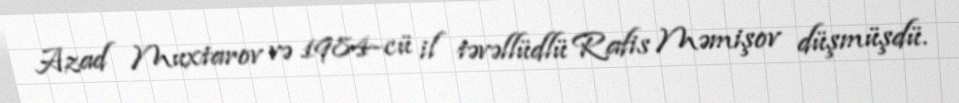
Azad Muxtarov və 1984-cü il təvəllüdlü Rafis Məmişov düşmüşdü.